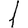
Digit: 1